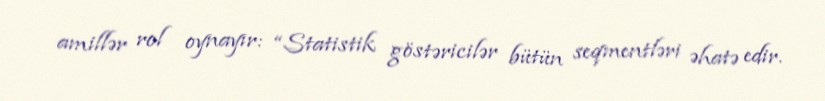
amillər rol oynayır: “Statistik göstəricilər bütün seqmentləri əhatə edir.